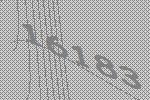
16183